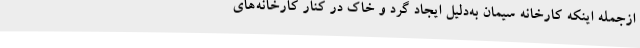
ازجمله اینکه کارخانه سیمان به‌دلیل ایجاد گرد و خاک در کنار کارخانه‌های